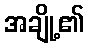
အချို့၏